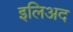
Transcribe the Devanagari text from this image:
इलिअद